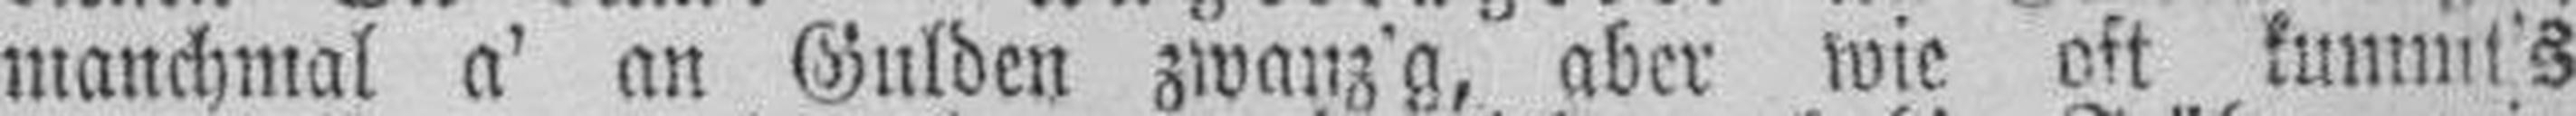
manchmal a' an Gulden zwanz'g, aber wie oft kummt's